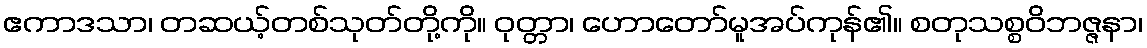
ဧကာဒသာ၊ တဆယ့်တစ်သုတ်တို့ကို။ ဝုတ္တာ၊ ဟောတော်မူအပ်ကုန်၏။ စတုသစ္စဝိဘဇ္ဇနာ၊